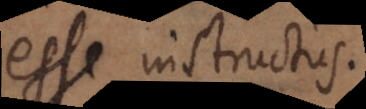
esse instructus.